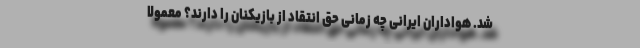
شد. هواداران ایرانی چه زمانی حق انتقاد از بازیکنان را دارند؟ معمولاً